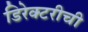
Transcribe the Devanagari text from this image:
डिरेक्टरीची